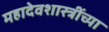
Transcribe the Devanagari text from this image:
महादेवशास्त्रींच्या